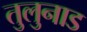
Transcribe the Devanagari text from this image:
तुलुनाड